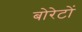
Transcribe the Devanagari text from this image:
बोरेटों